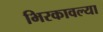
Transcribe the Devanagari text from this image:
भिरकावल्या